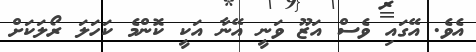
އެވެ. އޭގައި ވެސް އަޒޫ ވަނީ އޭނާ އަކީ ކޮންމެ ކަހަލަ ރޯލަކަށް